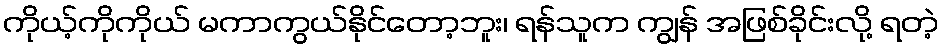
ကိုယ့်ကိုကိုယ် မကာကွယ်နိုင်တော့ဘူး၊ ရန်သူက ကျွန် အဖြစ်ခိုင်းလို့ ရတဲ့